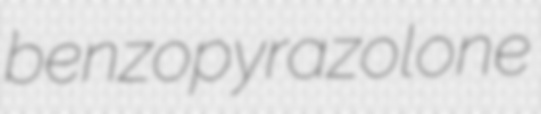
benzopyrazolone